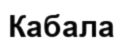
Кабала